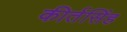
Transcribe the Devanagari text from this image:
कीर्तसिंह